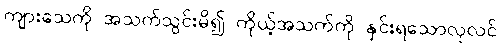
ကျားသေကို အသက်သွင်းမိ၍ ကိုယ့်အသက်ကို နှင်းရသောလုလင်